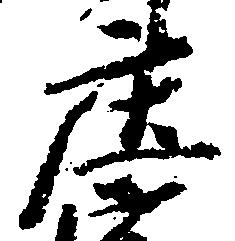
庄